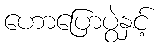
ဟောပြောပွဲနှင့်